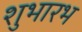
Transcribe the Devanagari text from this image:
शुभारभ